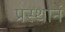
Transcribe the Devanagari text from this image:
प्रस्थानं